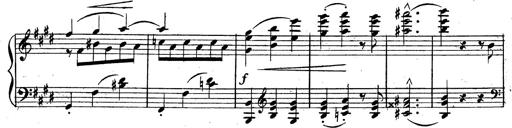
Title: 3 Caprices-Valses
Composer: Franz Liszt